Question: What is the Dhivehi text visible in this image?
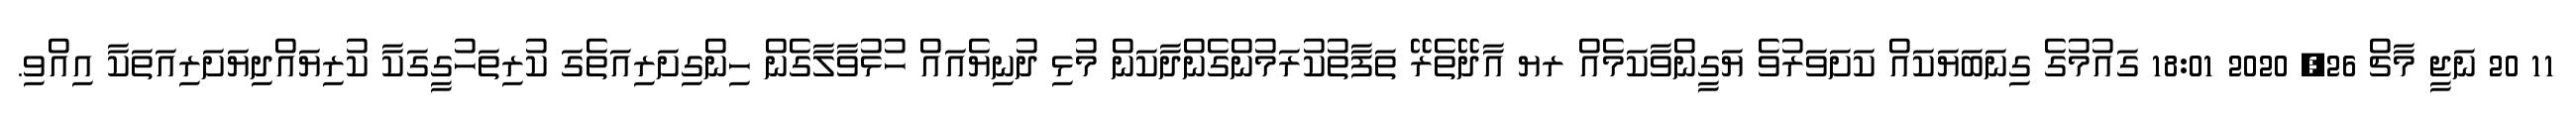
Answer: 11 20 ނަޖީ މާޗް 26, 2020 18:01 ގައުމުގެ ގިނަބަޔަކައް ކަށަވަރުވެ ޔަގީންވާކަމެއް ރޔ އާދޭތެރޭ ތަފާތުކުރަމުންގެންދާކަން މުޅި ދުނިޔެއައް ހުޅުވާލާގެން ހިންގިށަރިއަތެގަ ކުރިތަހުގީގަކާ ކުރިޔައްދިޔަށަރިއަތަކާ އިއްވި.